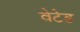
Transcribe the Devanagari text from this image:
वेटेड